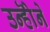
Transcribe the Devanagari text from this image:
उन्होॆने